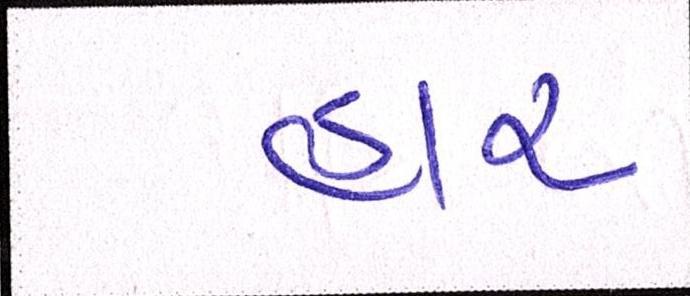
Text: હાર